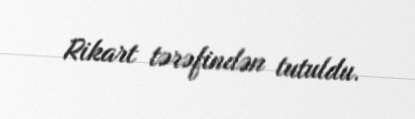
Rikart tərəfindən tutuldu.